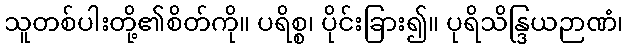
သူတစ်ပါးတို့၏စိတ်ကို။ ပရိစ္စ၊ ပိုင်းခြား၍။ ပုရိသိန္ဒြယဉာဏံ၊